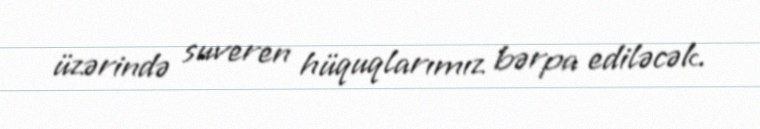
üzərində suveren hüquqlarımız bərpa ediləcək.